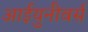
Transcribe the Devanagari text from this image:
आईयुनीवर्स